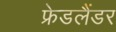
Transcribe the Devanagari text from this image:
फ्रेडलैंडर